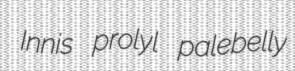
Innis prolyl palebelly